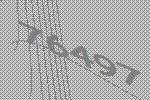
76497